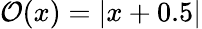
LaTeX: \mathcal{O}(x)=|x+0.5|